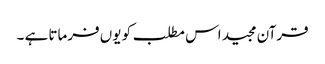
قرآن مجید اس مطلب کو یوں فرماتا ہے ۔